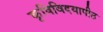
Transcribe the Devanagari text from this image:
कृषिविदयापीठ